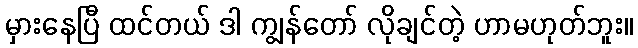
မှားနေပြီ ထင်တယ် ဒါ ကျွန်တော် လိုချင်တဲ့ ဟာမဟုတ်ဘူး။